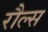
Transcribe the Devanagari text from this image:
रौल्स